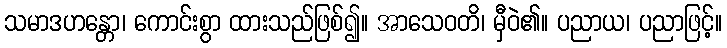
သမာဒဟန္တော၊ ကောင်းစွာ ထားသည်ဖြစ်၍။ အာသေဝတိ၊ မှီဝဲ၏။ ပညာယ၊ ပညာဖြင့်။